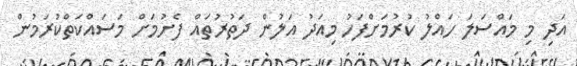
އަދި މި މައްސަލަ ހައްލު ކުރުމަށްފަހު މިއަދު އަލުން ދަތުުރުތައް ފެށުމަށް މަސައްކަތްކުރަމުން